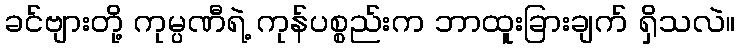
ခင်ဗျားတို့ ကုမ္ပဏီရဲ့ ကုန်ပစ္စည်းက ဘာထူးခြားချက် ရှိသလဲ။